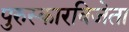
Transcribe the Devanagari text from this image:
पुरुस्कारविजेता